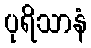
ပုရိသာနံ